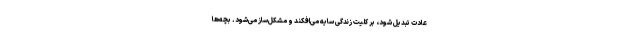
عادت تبدیل شود، بر کلیت زندگی سایه می‌افکند و مشکل‌ساز می‌شود. بچه‌ها